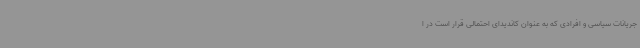
جریانات سیاسی و افرادی که به عنوان کاندیدای احتمالی قرار است در ا